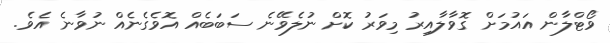
ވޯޓްލާން އައުމަށް ގޮވާލާއިރު މިވަރު ކޮށް ނުލެވޭނެ ސަބަބެއް އޮވެގެނެއް ނުވާނެ އެވެ.